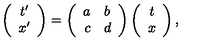
\left( \begin{array} { c } { t ^ { \prime } } \\ { x ^ { \prime } } \\ \end{array} \right) = \left( \begin{array} { r l } { a } & { b } \\ { c } & { d } \\ \end{array} \right) \left( \begin{array} { c } { t } \\ { x } \\ \end{array} \right) ,